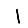
Digit: 1